Lock hospitals Punjab
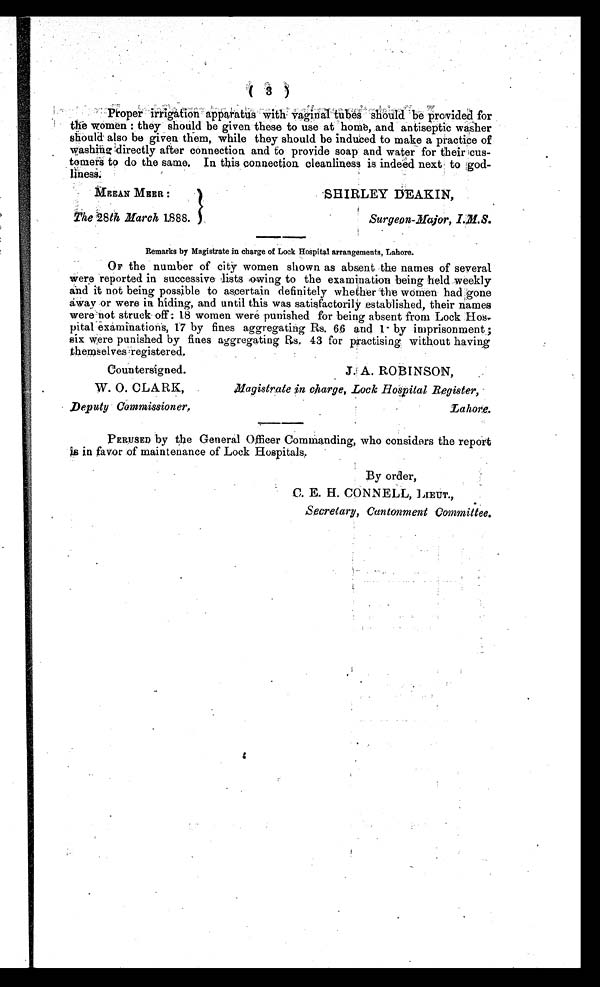
Proper irrigation apparatus with vaginal tubes should provided for
the women : they should be given these to use at home, and antiseptic washer
should also be given them, while they should be induced to make a practice of
washing directly after connection and to provide soap and water for their cus-
tomers to do the same. In this connection cleanliness is indeed next to god-
l i n e s s
MEEAN MEER : SHIRLEY DEAKIN,
The 28 th March 1888.
Surgeon-Major, I.M.S.
Remarks by Magistrate in charge of Lock Hospital arrangements, Lahore.
OF the number of city women shown as absent the names of several
were reported in successive lists owing to the examination being held weekly
and it not being possible to ascertain definitely whether the women had gone
away or were in hiding, and until this was satisfactorily established, their names
were not struck off: 18 women were punished for being absent from Lock Hos-
pital examinations, 17 by fines aggregating Rs. 66 and 1 by imprisonment
;
six were punished by fines aggregating Rs. 43 for practising without having
themselves registered.
Countersigned.
J. A. ROBINSON,
W. O. CLARK,
Magistrate in charge, Lock Hospital Register,
Deputy Commissioner. Lahore.
PERUSED by the General Officer Commanding, who considers the report
is in favor of maintenance of Lock Hospitals.
By order,
C. E. H. CONNELL, LIEUT.,
Secretary, Cantonment Committee .